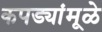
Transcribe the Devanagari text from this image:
कपड्यांमूळे